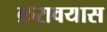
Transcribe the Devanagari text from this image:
क्ररावयास